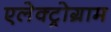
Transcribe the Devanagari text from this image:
एलेक्ट्रोग्राम